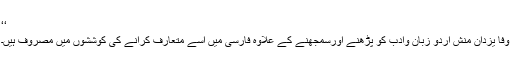
‘‘
وفا یزدان منش اردو زبان وادب کو پڑھنے اورسمجھنے کے علاوہ فارسی میں اسے متعارف کرانے کی کوششوں میں مصروف ہیں۔